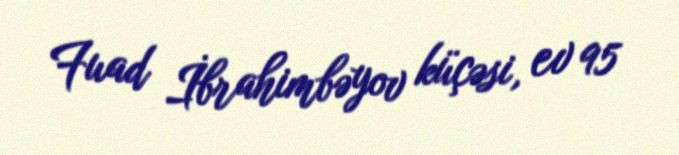
Fuad İbrahimbəyov küçəsi, ev 95